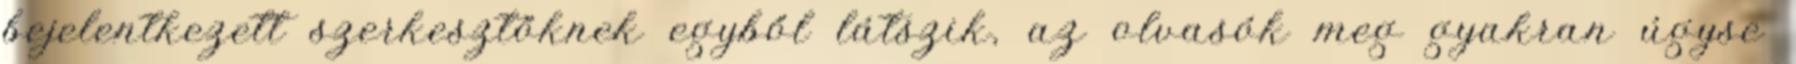
bejelentkezett szerkesztőknek egyből látszik, az olvasók meg gyakran úgyse